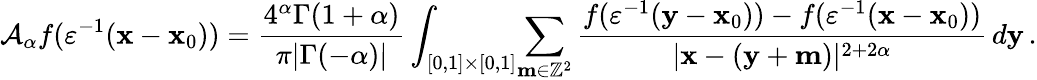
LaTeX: \mathcal{A}_{\alpha}f(\varepsilon^{-1}(\mathbf{x}-\mathbf{x}_{0}))=\frac{4^{\alpha}\Gamma(1+\alpha)}{\pi|\Gamma(-\alpha)|}\int_{[0,1]\times[0,1]}\! \sum_{\mathbf{m}\in\mathbb{Z}^{2}}\frac{f(\varepsilon^{-1}(\mathbf{y}-\mathbf{x}_{0}))-f(\varepsilon^{-1}(\mathbf{x}-\mathbf{x}_{0}))}{|\mathbf{x}-(\mathbf{y}+\mathbf{m})|^{2+2\alpha}}\, d\mathbf{y}\, .